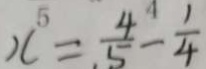
x ^ { 5 } = \frac { 4 } { 5 } ^ { 4 } - \frac { 1 } { 4 }